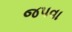
જપવા